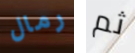
رمال ثم